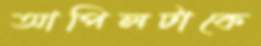
আপিলটাকে